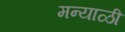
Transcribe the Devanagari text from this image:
मन्याळी